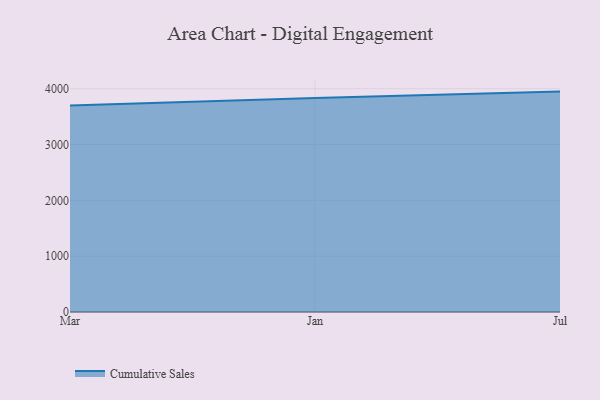
{"axis": {"x": "Month", "y": "Latency (ms)"}, "legend": ["Cumulative Sales"], "data": [{"x": "Mar", "y": 3700.1, "type": "Cumulative Sales"}, {"x": "Jan", "y": 3833.1, "type": "Cumulative Sales"}, {"x": "Jul", "y": 3947.8, "type": "Cumulative Sales"}]}